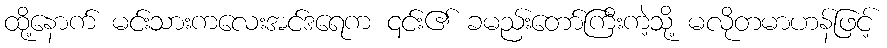
ထို့နောက် မင်းသားကလေးအင်ဒရေက ၎င်း၏ ခမည်းတော်ကြီးကဲ့သို့ မလိုတမာဟန်ဖြင့်